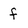
Character: f